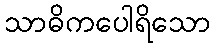
သာဓိကပေါရိသော